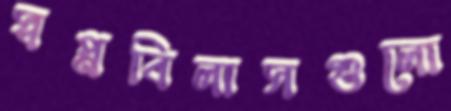
স্বপ্নবিলাসগুলো